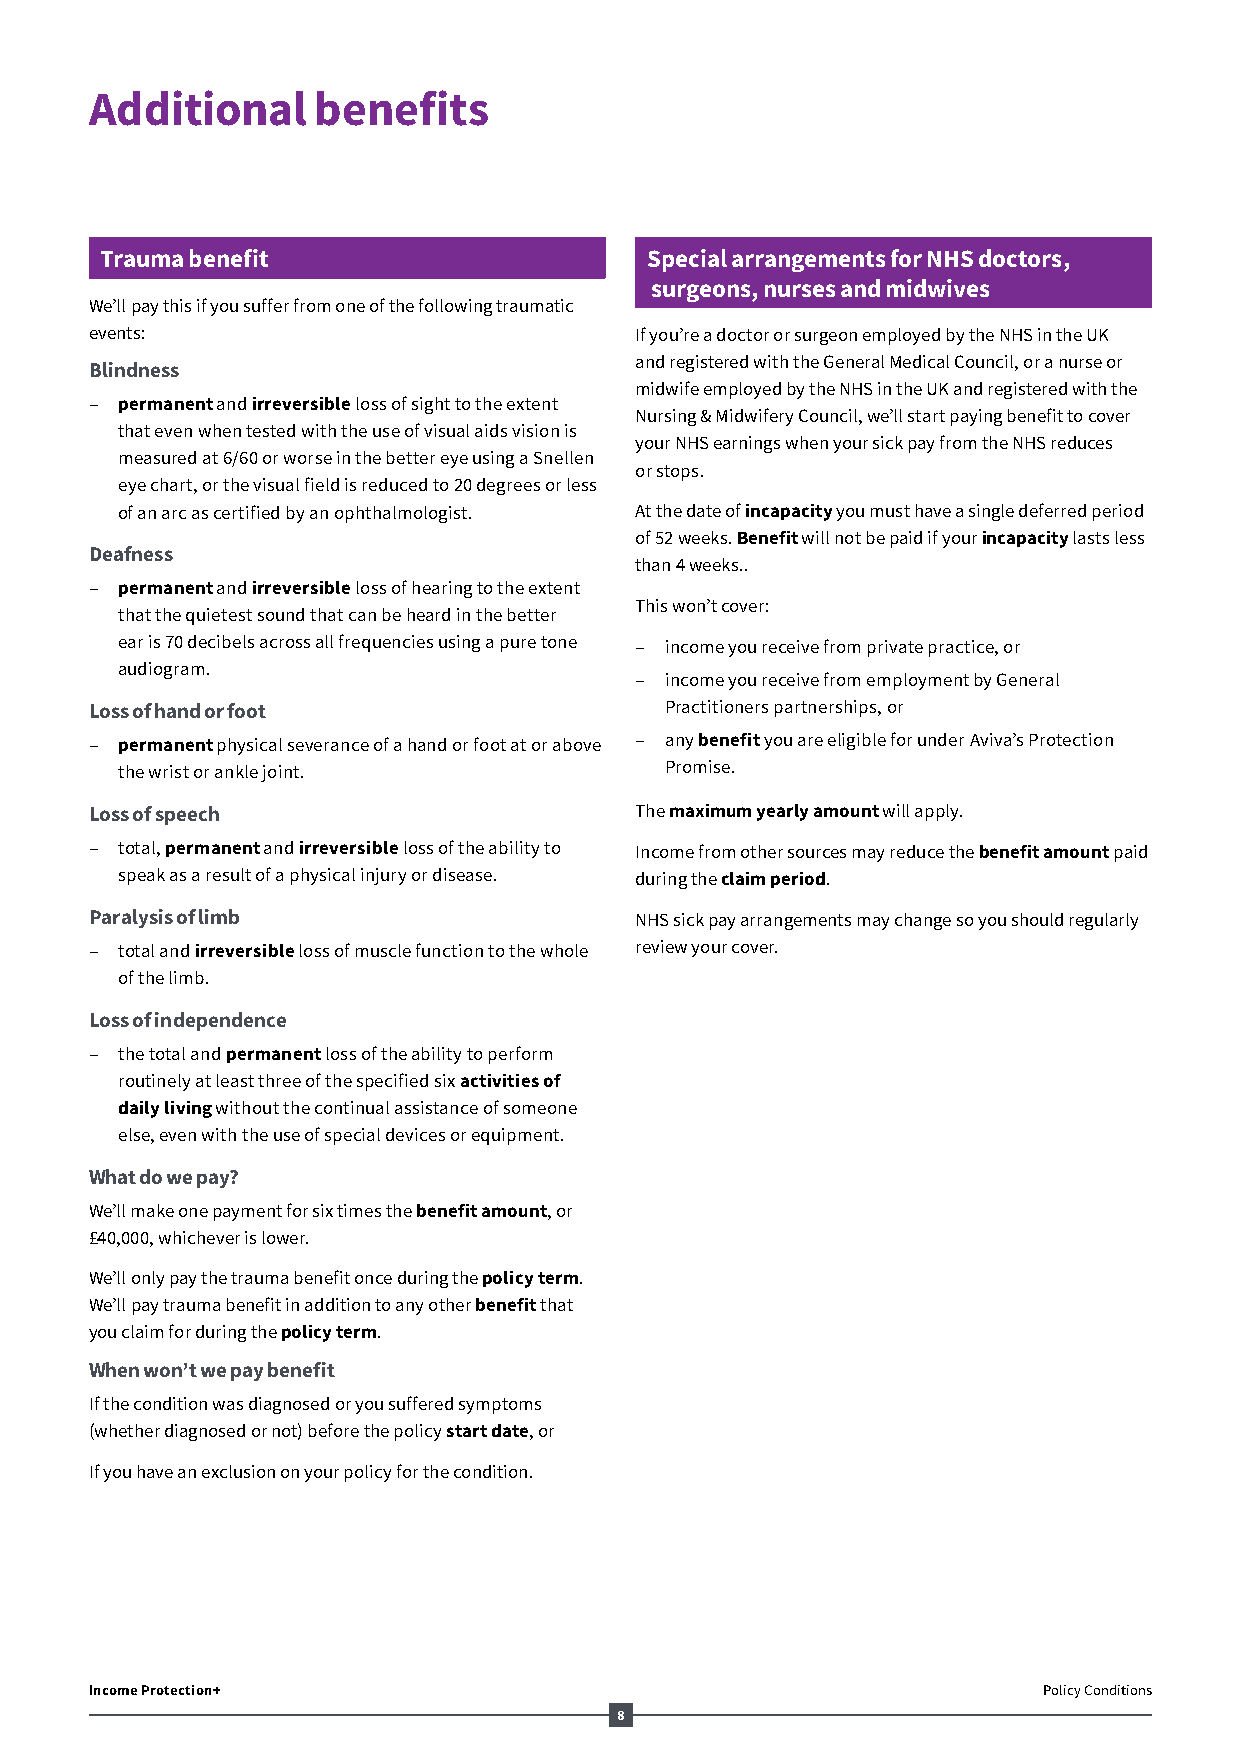
Additional     benefits
 Trauma benefit                      Special arrangements for NHS doctors,
 surgeons, nurses and midwives
 We’ll pay this if you suffer from one of the following traumatic
 events:                             If you’re a doctor or surgeon employed by the NHS in the UK
 and registered with the General Medical Council, or a nurse or
 Blindness
 midwife employed by the NHS in the UK and registered with the
 ‒ permanent and irreversible loss of sight to the extent
 Nursing & Midwifery Council, we’ll start paying benefit to cover
 that even when tested with the use of visual aids vision is
 your NHS earnings when your sick pay from the NHS reduces
 measured at 6/60 or worse in the better eye using a Snellen
 or stops.
 eye chart, or the visual field is reduced to 20 degrees or less
 of an arc as certified by an ophthalmologist. At the date of incapacity you must have a single deferred period
 of 52 weeks. Benefit will not be paid if your incapacity lasts less
 Deafness
 than 4 weeks..
 ‒ permanent and irreversible loss of hearing to the extent
 This won’t cover:
 that the quietest sound that can be heard in the better
 ear is 70 decibels across all frequencies using a pure tone ‒ income you receive from private practice, or
 audiogram.
 ‒ income you receive from employment by General
 Loss of hand or foot                  Practitioners partnerships, or
 ‒ permanent physical severance of a hand or foot at or above ‒ any benefit you are eligible for under Aviva’s Protection
 the wrist or ankle joint.           Promise.
 Loss of speech                      The maximum yearly amount will apply.
 ‒ total, permanent and irreversible loss of the ability to Income from other sources may reduce the benefit amount paid
 speak as a result of a physical injury or disease. during the claim period.
 Paralysis of limb                   NHS sick pay arrangements may change so you should regularly
 ‒ total and irreversible loss of muscle function to the whole review your cover.
 of the limb.
 Loss of independence
 ‒ the total and permanent loss of the ability to perform
 routinely at least three of the specified six activities of
 daily living without the continual assistance of someone
 else, even with the use of special devices or equipment.
 What do we pay?
 We’ll make one payment for six times the benefit amount, or
 £40,000, whichever is lower.
 We’ll only pay the trauma benefit once during the policy term.
 We’ll pay trauma benefit in addition to any other benefit that
 you claim for during the policy term.
 When won’t we pay benefit
 If the condition was diagnosed or you suffered symptoms
 (whether diagnosed or not) before the policy start date, or
 If you have an exclusion on your policy for the condition.
 Income Protection+                                             Policy Conditions
 8
 AV164201_AL52002_1218.indd 8                                             06/12/18 12:56 AM